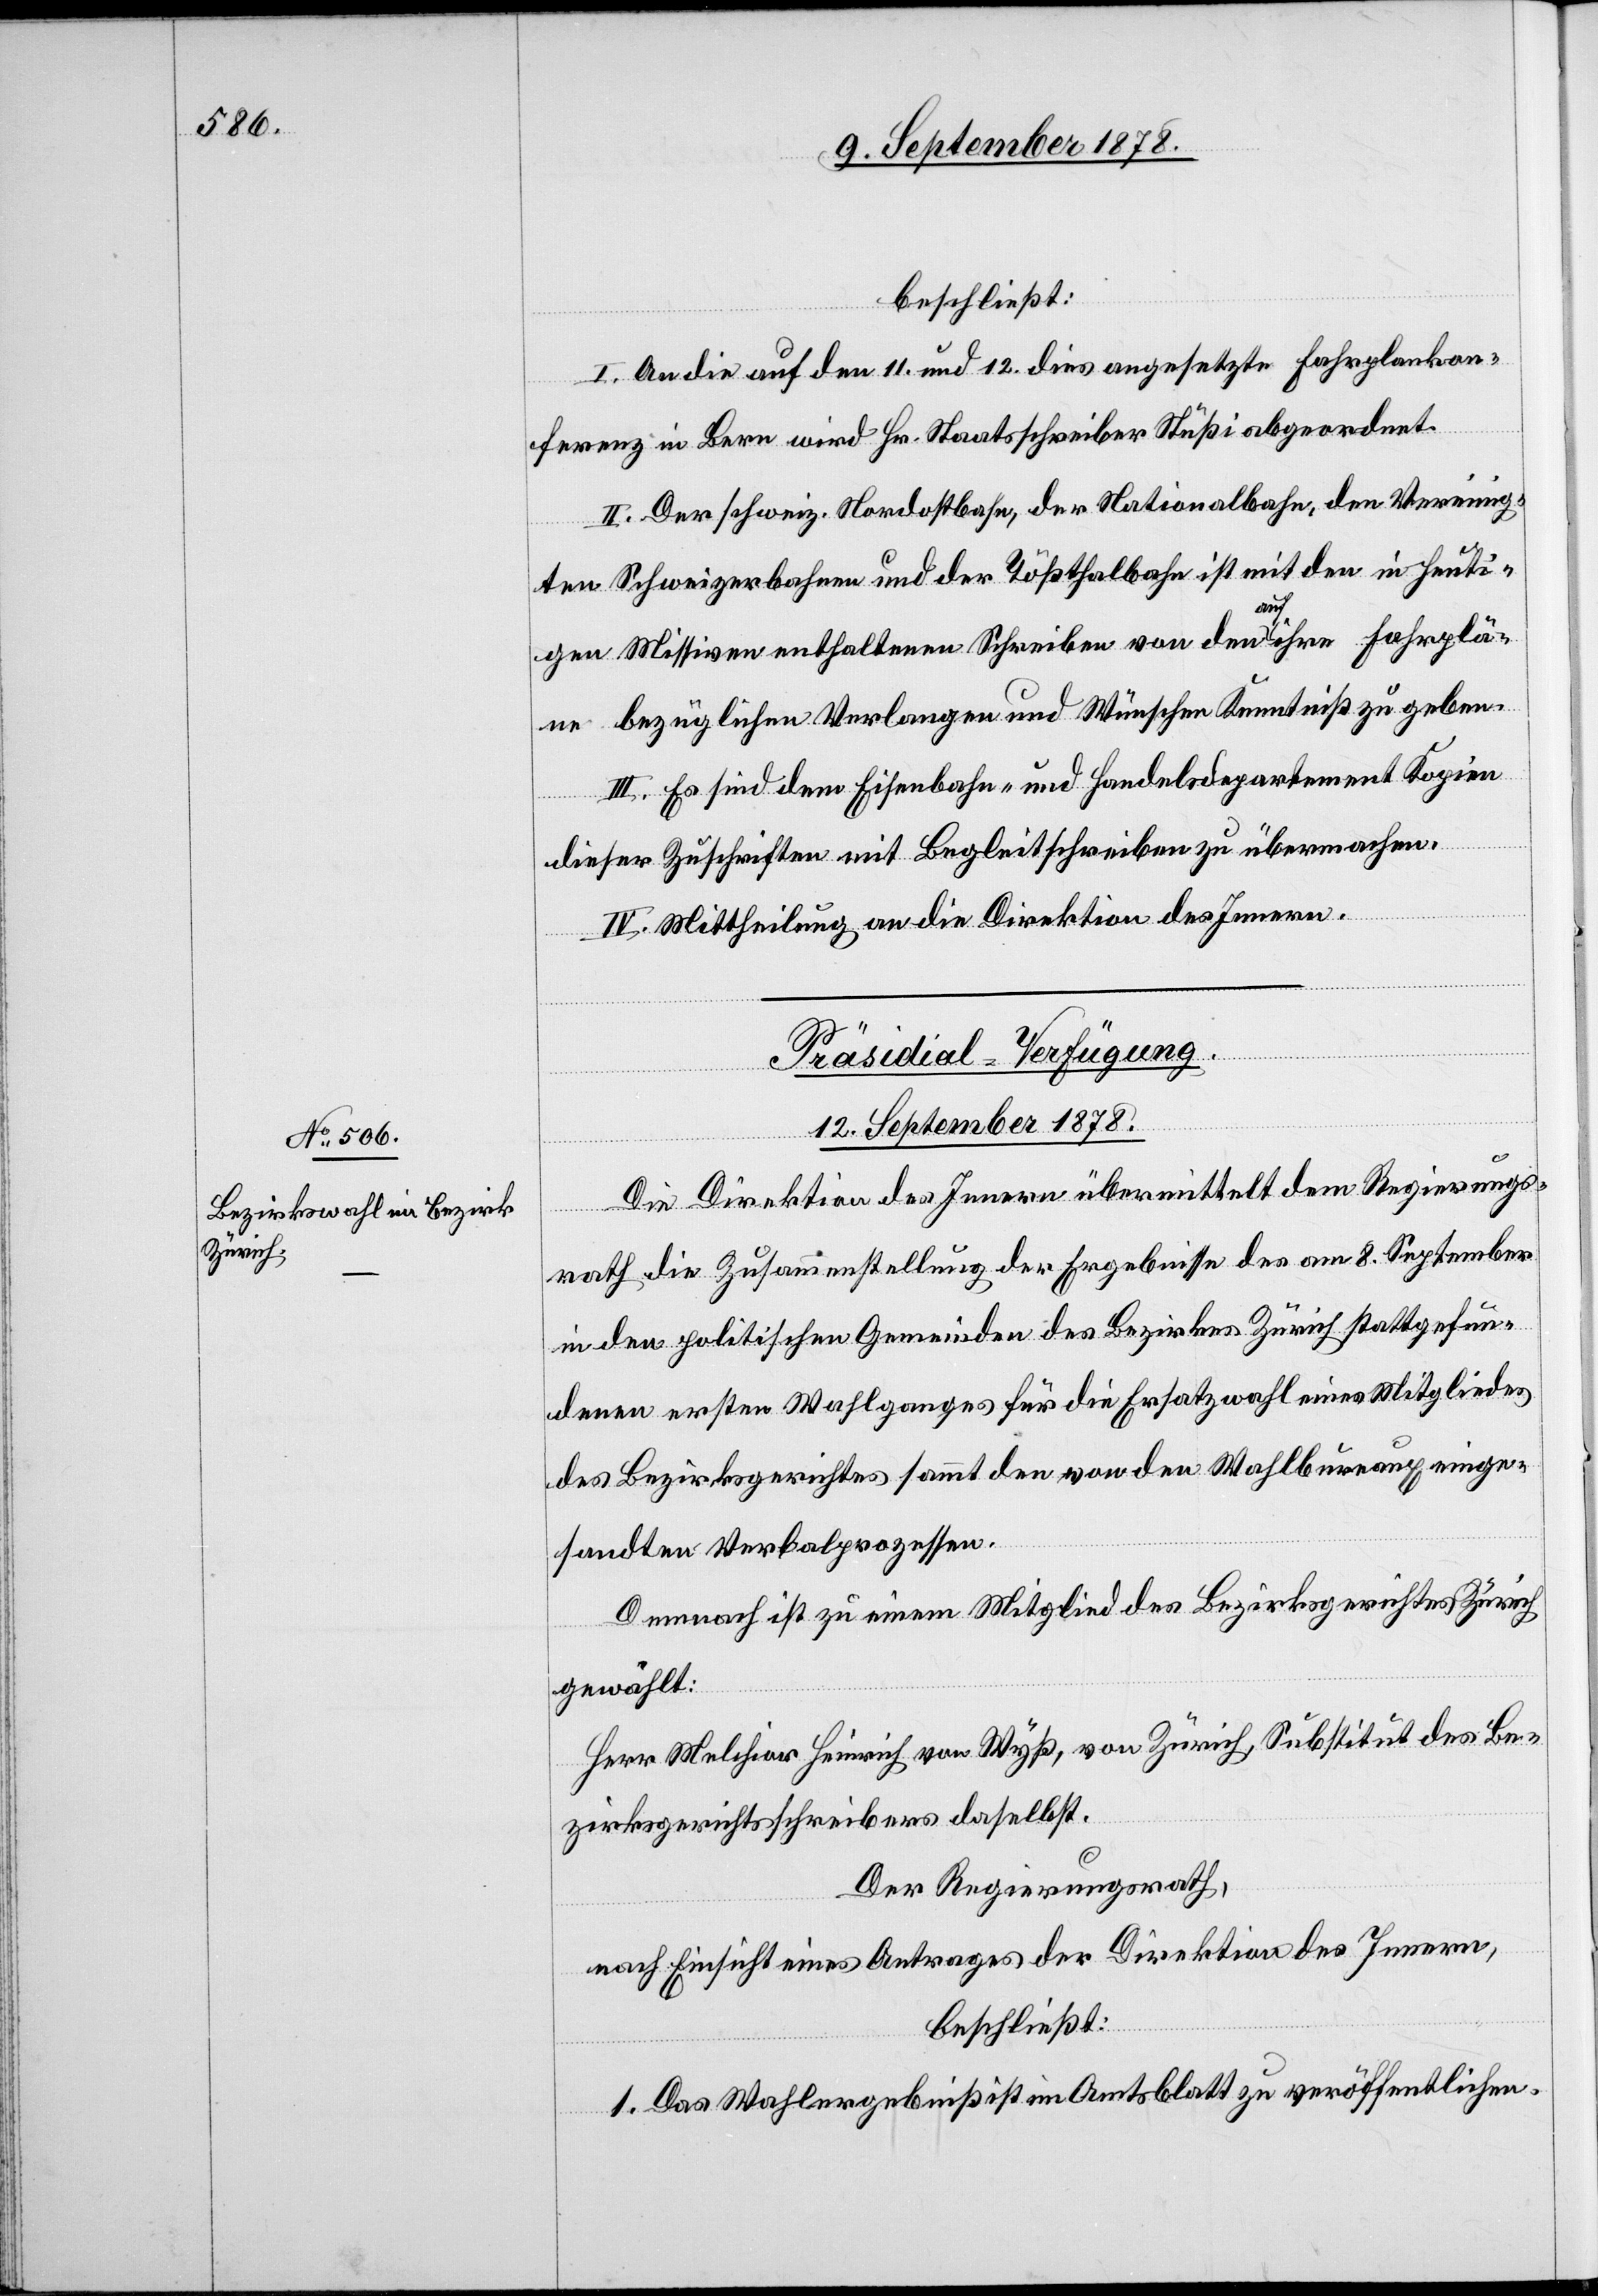
beschließt:
I. An die auf den 11. und 12. dies angesetzte Fahrplankon¬
ferenz in Bern wird Hr. Staatsschreiber Stüßi abgeordnet.
II. Der schweiz. Nordostbahn, der Nationalbahn, den Vereinig¬
ten Schweizerbahnen und der Tößthalbahn ist mit den in heuti¬
gen Missiven enthaltene Schreiben von den auf ihre Fahrplä¬
ne bezüglichen Verlangen und Wünschen Kenntniß zu geben.
III. Es sind dem Eisenbahn- und Handelsdepartement Kopien
dieser Zuschriften mit Begleitschreiben zu übermachen.
IV. Mittheilung an die Direktion des Innern.
Die Direktion des Innern übermittelt dem Regierungs¬
rath die Zusammenstellung der Ergebnisse des am 8. September
in den politischen Gemeinden des Bezirkes Zürich stattgefun¬
denen ersten Wahlganges für die Ersatzwahl eines Mitgliedes
des Bezirksgerichtes sammt den von den Wahlbureaux einge¬
sandten Verbalprozessen.
Dennoch ist zu einem Mitglied des Bezirksgerichtes Zürich
gewählt:
Herr Melchior Heinrich von Wyß, von Zürich, Substitut des Be¬
zirksgerichtsschreibers daselbst.
Der Regierungsrath,
nach Einsicht eines Antrages der Direktion des Innern,
beschließt:
1. Das Wahlergebniß ist im Amtsblatt zu veröffentlichen.